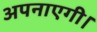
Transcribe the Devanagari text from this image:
अपनाएगी।